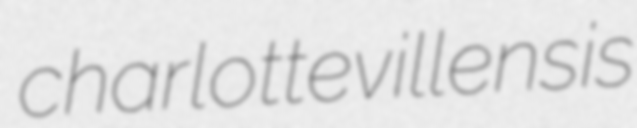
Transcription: charlottevillensis